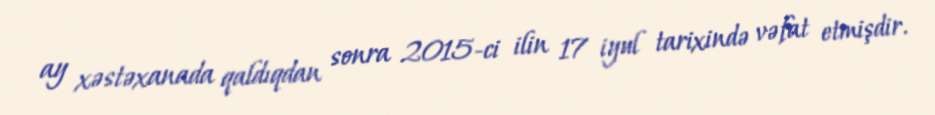
ay xəstəxanada qaldıqdan sonra 2015-ci ilin 17 iyul tarixində vəfat etmişdir.